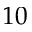
1 0